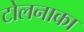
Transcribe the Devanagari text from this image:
टोलनाका